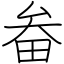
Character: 畚